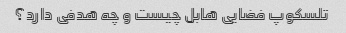
تلسکوپ فضایی هابل چیست و چه هدفی دارد؟